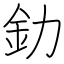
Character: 釛